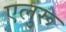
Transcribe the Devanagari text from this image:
एलुरू